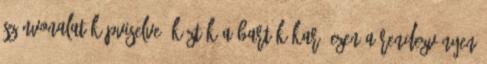
színvonalat képviselve, köztük a Bartók kar. Ezen a rendezvényen